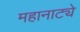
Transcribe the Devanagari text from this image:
महानाट्ये